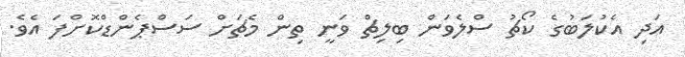
އަދި އެކުލަބުގެ ކޯޗު ސްލެވަން ބިލިޗް ވަނީ ތިން މެޗަށް ސަސްޕެންޑްކޮށްފަ އެވެ.